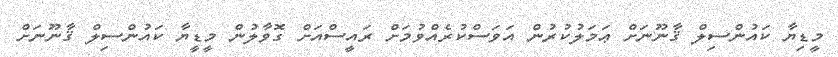
މީޑިޔާ ކައުންސިލް ޤާނޫނަށް ޢަމަލުކުރުން އަވަސްކުރެއްވުމަށް ރައީސްއަށް ގޮވާލުން މީޑީޔާ ކައުންސިލް ޤާނޫނަށް